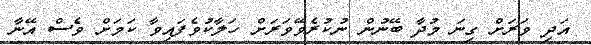
އަދި ވަރަށް ގިނަ މުދާ ބޭނުން ނުކުރެވޭވަރަށް ހަލާކުވެފައިވާ ކަމަށް ވެސް އޭނާ